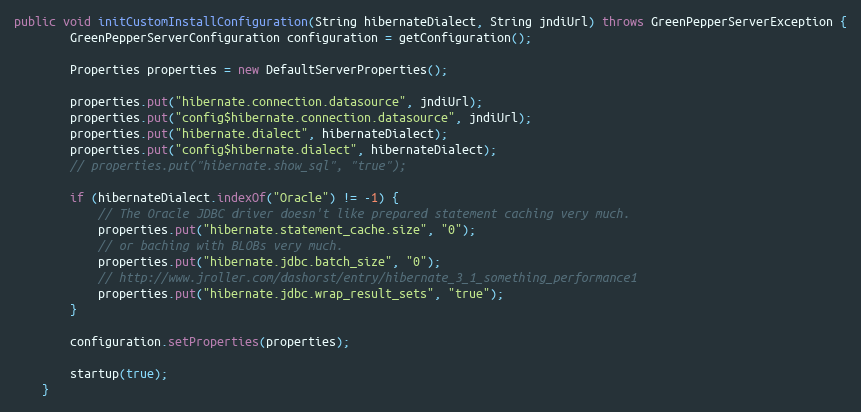
Language: Java
public void initCustomInstallConfiguration(String hibernateDialect, String jndiUrl) throws GreenPepperServerException {
        GreenPepperServerConfiguration configuration = getConfiguration();

        Properties properties = new DefaultServerProperties();

        properties.put("hibernate.connection.datasource", jndiUrl);
        properties.put("config$hibernate.connection.datasource", jndiUrl);
        properties.put("hibernate.dialect", hibernateDialect);
        properties.put("config$hibernate.dialect", hibernateDialect);
        // properties.put("hibernate.show_sql", "true");

        if (hibernateDialect.indexOf("Oracle") != -1) {
            // The Oracle JDBC driver doesn't like prepared statement caching very much.
            properties.put("hibernate.statement_cache.size", "0");
            // or baching with BLOBs very much.
            properties.put("hibernate.jdbc.batch_size", "0");
            // http://www.jroller.com/dashorst/entry/hibernate_3_1_something_performance1
            properties.put("hibernate.jdbc.wrap_result_sets", "true");
        }

        configuration.setProperties(properties);

        startup(true);
    }